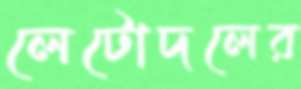
লেটোদলের